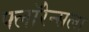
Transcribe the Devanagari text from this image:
फ्लॉरेन्सला